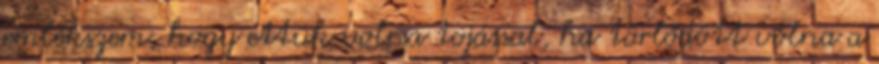
emlékszem, hogy ettük volna tojással, ha törlődött volna a